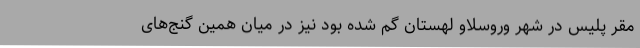
مقر پلیس در شهر وروسلاو لهستان گم شده بود نیز در میان همین گنج‌های